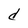
Character: d